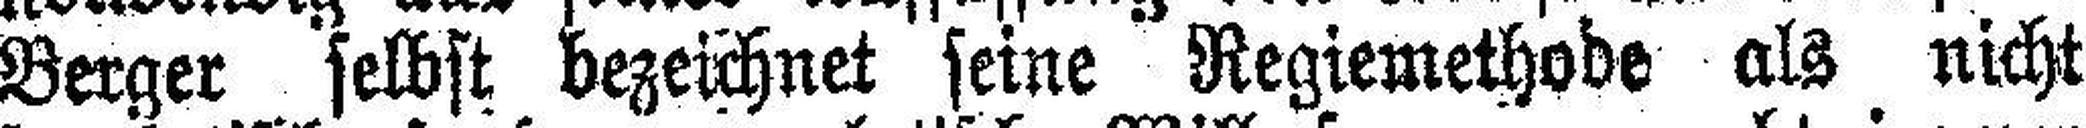
Berger selbst bezeichnet seine Regiemethode als nicht